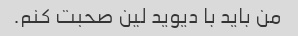
من باید با دیوید لین صحبت کنم.